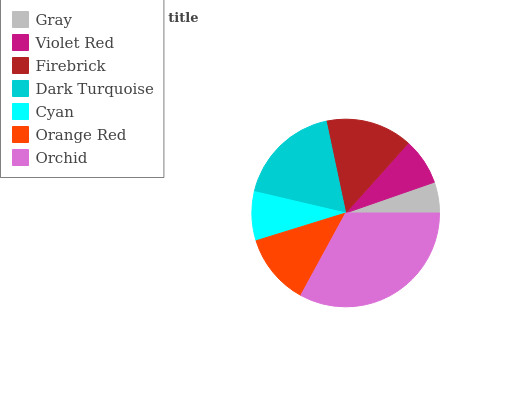
| Gray | Violet Red | Firebrick | Dark Turquoise | Cyan | Orange Red | Orchid |
 | --- | --- | --- | --- | --- | --- | --- |
 | 5.32% | 8.07% | 14.9% | 18% | 8.44% | 12.3% | 33% |